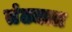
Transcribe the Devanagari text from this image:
तंट्यात